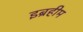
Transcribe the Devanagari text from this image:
इब्रहीम